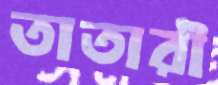
তাতারী